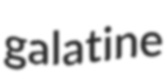
galatine